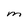
Character: M